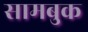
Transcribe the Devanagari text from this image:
सामबुक